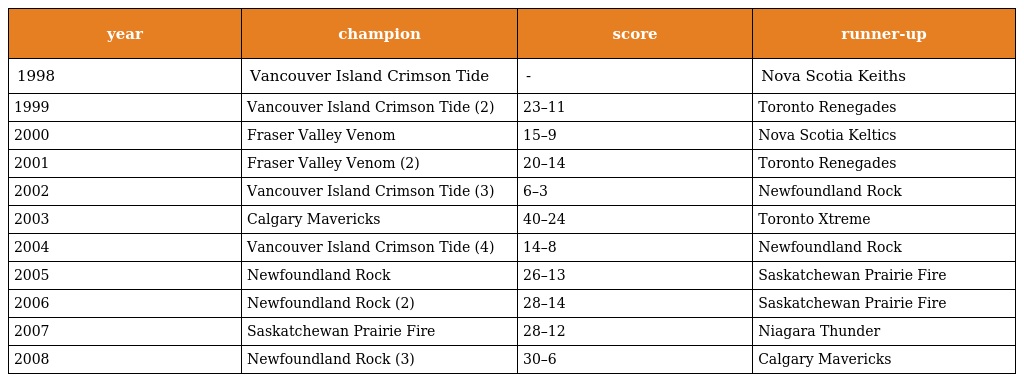
| year | champion | score | runner-up |
 | --- | --- | --- | --- |
 | 1998 | Vancouver Island Crimson Tide | - | Nova Scotia Keiths |
 | 1999 | Vancouver Island Crimson Tide (2) | 23–11 | Toronto Renegades |
 | 2000 | Fraser Valley Venom | 15–9 | Nova Scotia Keltics |
 | 2001 | Fraser Valley Venom (2) | 20–14 | Toronto Renegades |
 | 2002 | Vancouver Island Crimson Tide (3) | 6–3 | Newfoundland Rock |
 | 2003 | Calgary Mavericks | 40–24 | Toronto Xtreme |
 | 2004 | Vancouver Island Crimson Tide (4) | 14–8 | Newfoundland Rock |
 | 2005 | Newfoundland Rock | 26–13 | Saskatchewan Prairie Fire |
 | 2006 | Newfoundland Rock (2) | 28–14 | Saskatchewan Prairie Fire |
 | 2007 | Saskatchewan Prairie Fire | 28–12 | Niagara Thunder |
 | 2008 | Newfoundland Rock (3) | 30–6 | Calgary Mavericks |